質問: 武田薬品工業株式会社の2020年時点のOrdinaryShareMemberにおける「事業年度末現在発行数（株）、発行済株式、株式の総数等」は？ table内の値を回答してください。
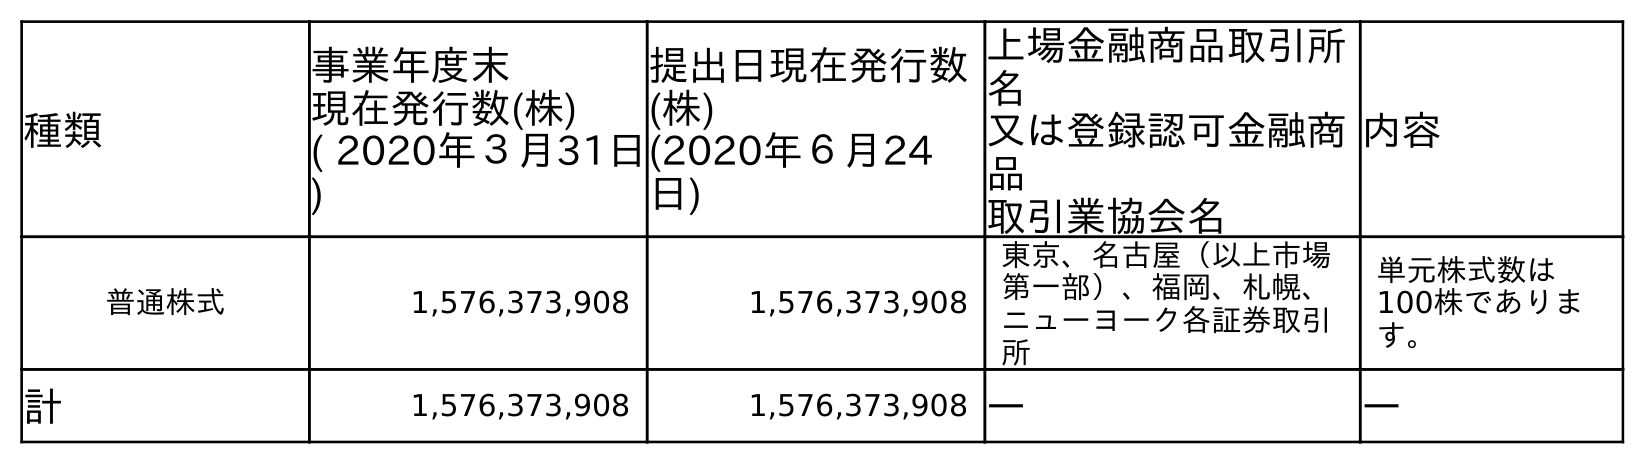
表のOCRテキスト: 種類 事業年度末 現在発行数(株) ( 2020年３月31日 ) 提出日現在発行数 (株) (2020年６月24 日) 上場金融商品取引所 名 又は登録認可金融商 品 取引業協会名 内容 普通株式 1,576,373,908 1,576,373,908 東京、名古屋（以上市場 第一部）、福岡、札幌、 ニューヨーク各証券取引 所 単元株式数は 100株でありま す。 計 1,576,373,908 1,576,373,908 ― ―
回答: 1,576,373,908